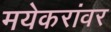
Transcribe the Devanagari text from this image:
मयेकरांवर